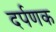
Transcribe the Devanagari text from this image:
दर्पणक